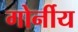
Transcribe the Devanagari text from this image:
गोर्नीय